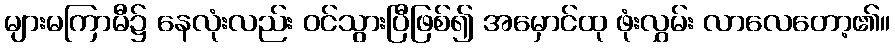
များမကြာမီ၌ နေလုံးလည်း ဝင်သွားပြီဖြစ်၍ အမှောင်ထု ဖုံးလွှမ်း လာလေတော့၏။